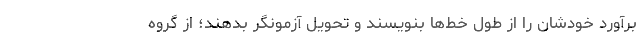
برآورد خودشان را از طول خط‌ها بنویسند و تحویل آزمونگر بدهند؛ از گروه